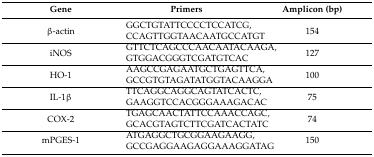
<table><thead><tr><td><b>Gene</b></td><td><b>Primers</b></td><td><b>Amplicon (bp)</b></td></tr></thead><tbody><tr><td>β-actin</td><td>GGCTGTATTCCCCTCCATCG, CCAGTTGGTAACAATGCCATGT</td><td>154</td></tr><tr><td>iNOS</td><td>GTTCTCAGCCCAACAATACAAGA, GTGGACGGGTCGATGTCAC</td><td>127</td></tr><tr><td>HO-1</td><td>AAGCCGAGAATGCTGAGTTCA, GCCGTGTAGATATGGTACAAGGA</td><td>100</td></tr><tr><td>IL-1β</td><td>TTCAGGCAGGCAGTATCACTC, GAAGGTCCACGGGAAAGACAC</td><td>75</td></tr><tr><td>COX-2</td><td>TGAGCAACTATTCCAAACCAGC, GCACGTAGTCTTCGATCACTATC</td><td>74</td></tr><tr><td>mPGES-1</td><td>ATGAGGCTGCGGAAGAAGG, GCCGAGGAAGAGGAAAGGATAG</td><td>150</td></tr></tbody></table>